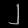
Digit: ၂